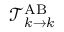
\mathcal { T } _ { k \rightarrow k } ^ { \mathrm { A B } }